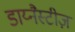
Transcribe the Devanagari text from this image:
डाय्नैस्टीज़